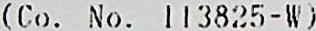
(CO. NO. 113825-W)